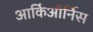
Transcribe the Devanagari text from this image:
आर्किऑर्निस